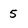
Character: 5